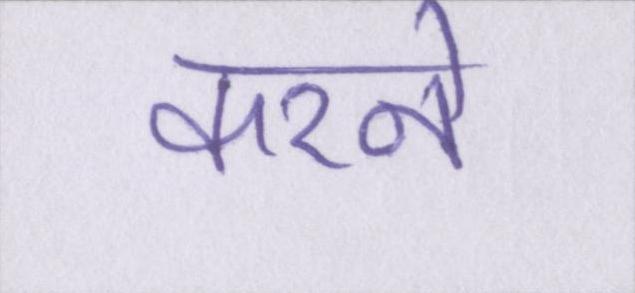
करने